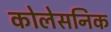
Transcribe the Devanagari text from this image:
कोलेसनिक